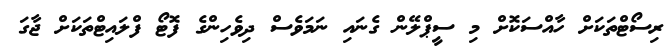
ރިސޯޓްތަކަށް ހާއްސަކޮށް މި ސީޕްލޭން ގެނައި ނަމަވެސް ދިވެހިންގެ ފޮޓޯ ފްލައިޓްތަކަށް ޖާގަ